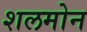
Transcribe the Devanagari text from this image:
शलमोन